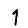
Digit: 1